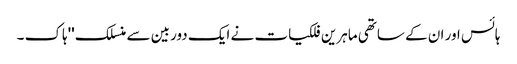
ہائس اور ان کے ساتھی ماہرین فلکیات نے ایک دوربین سے منسلک ''ہاک ۔